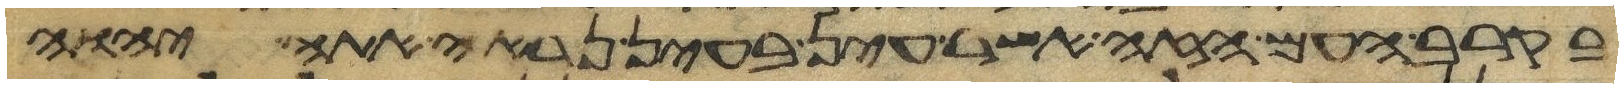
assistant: בקרב העם הזה אשר עין בעין נראה אתה יהוה